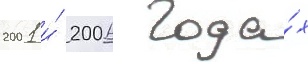
2001 и́ 2006 года́х